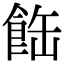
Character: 𩛊